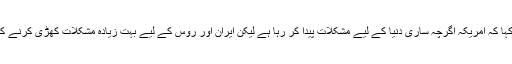
ایران کے وزیر دفاع نے کہا کہ امریکہ اگرچہ ساری دنیا کے لیے مشکلات پیدا کر رہا ہے لیکن ایران اور روس کے لیے بہت زیادہ مشکلات کھڑی کرنے کی کوشش کی جا رہی ہے۔